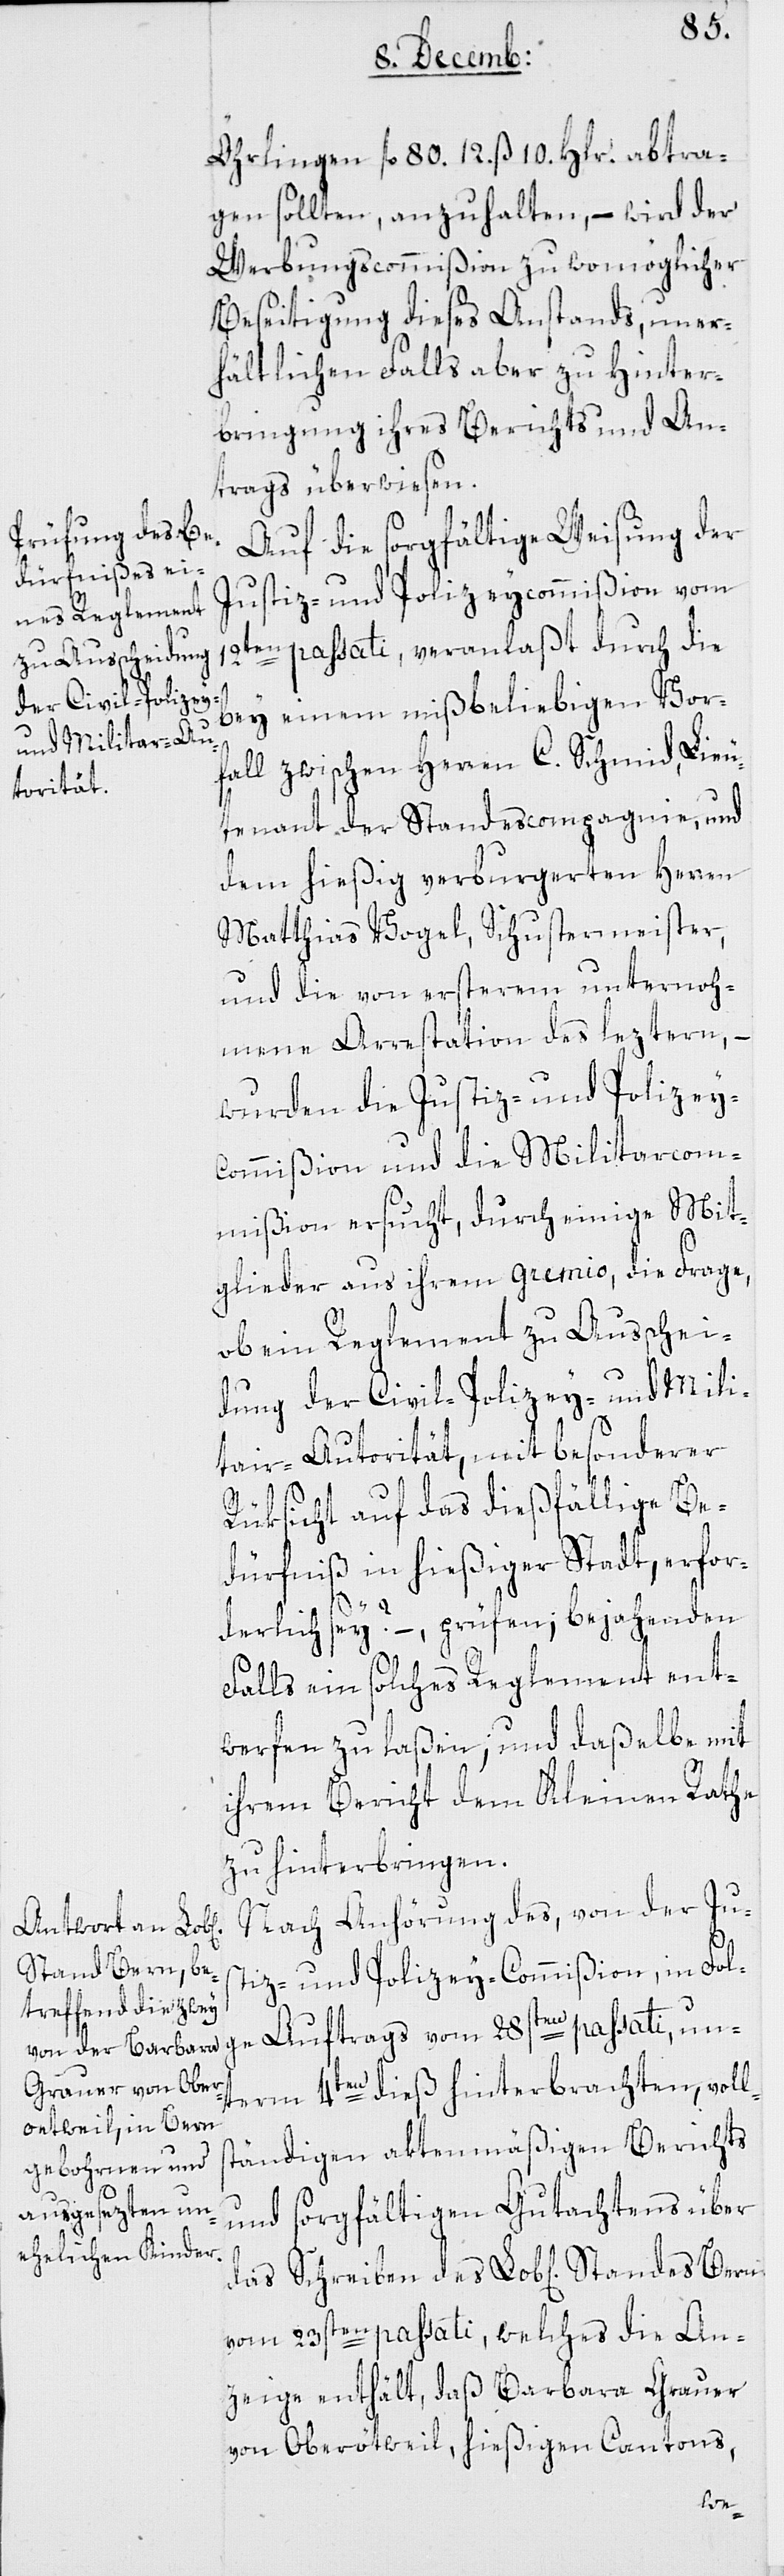
10 .
gen sollten, anzuhalten, – wird der
Werbungscommißion zu womöglicher
Beseitigung dieses Anstands, uner¬
hältlichen Falls aber zu Hinter¬
bringung ihres Berichts und An¬
trags überwiesen.
Auf die sorgfältige Weisung der
Justiz- und Polizeycommißion vom
12ten passati, veranlaßt durch die
bey einem mißbeliebigen Vor¬
fall zwischen Herren C. Schmid, Lieu¬
tenant der Standescompagnie, und
dem hießig verburgerten Herren
Matthias Vogel, Schustermeister,
und die von ersterem unternoh¬
mene Arrestation des leztern, –
wurden die Justiz- und Polizey¬
commißion und die Militarcom¬
mißion ersucht, durch einige Mit¬
glieder aus ihrem Gremio, die Frage,
ob ein Reglement zu Ausschei¬
dung der Civil-[,] Polizey- und Mili¬
tar-Autorität mit besonderer
12.
Rüksicht auf das dießfällige Be¬
dürfniß in hießiger Stadt, erfor¬
derlich sey? – prüfen; bejahenden
Falls ein solches Reglement ent¬
werfen zu laßen; und daßelbe mit
ihrem Bericht dem Kleinen Rathe
zu hinterbringen.
Nach Anhörung des von der Jus¬
tiz- und Polizey-Commißion, in Fol¬
term 4ten dieß hinterbrachten voll¬
ständigen aktenmäßigen Berichts
und sorgfältigen Gutachtens über
vom 23sten passati, welches die An¬
zeige enthält, daß Barbara Grauer
von Oberötweil, hießigen Cantons,
des